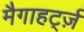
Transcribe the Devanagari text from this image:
मैगाहर्ट्ज़